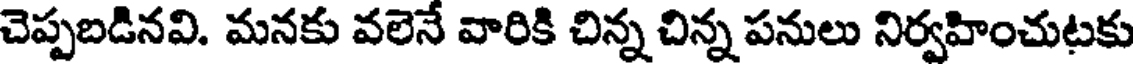
చెప్పబడినవి. మనకు వలెనే వారికి చిన్న చిన్న పనులు నిర్వహించుటకు